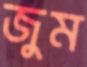
জুম